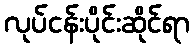
လုပ်ငန်းပိုင်းဆိုင်ရာ